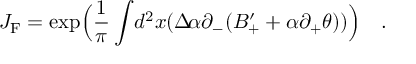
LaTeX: J _ { \mathrm { { F } } } = \exp \Bigl ( \frac { 1 } { \pi } \int \! d ^ { 2 } x ( \Delta \! \alpha \partial _ { - } ( B _ { + } ^ { \prime } + \alpha \partial _ { + } \theta ) ) \Bigr ) \quad .